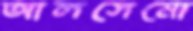
আলসেমো